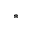
^ \ast